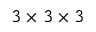
3 \times 3 \times 3